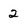
Character: 2